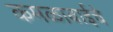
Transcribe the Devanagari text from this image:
कमळाबाईचे